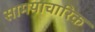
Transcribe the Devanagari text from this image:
सामयाचारिक